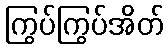
ကြွပ်ကြွပ်အိတ်